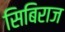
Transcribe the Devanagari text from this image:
सिबिराज